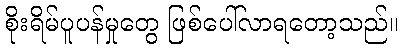
စိုးရိမ်ပူပန်မှုတွေ ဖြစ်ပေါ်လာရတော့သည်။